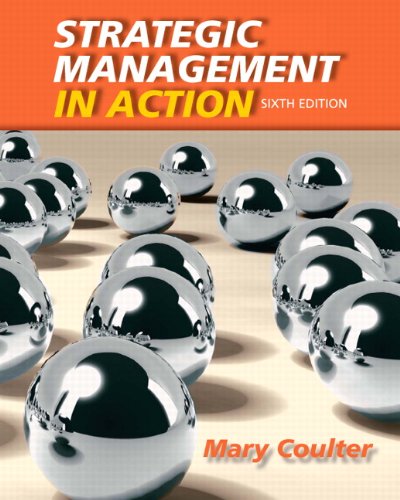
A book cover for Strategic Management in Action (6th Edition); Mary Coulter; Business & Money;